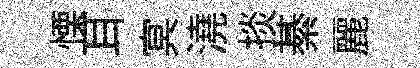
慄耳㝠澆掞綦麗